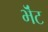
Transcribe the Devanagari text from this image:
भॆंट